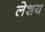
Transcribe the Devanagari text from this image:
लेशय